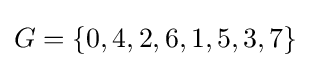
G=\left\{0,4,2,6,1,5,3,7\right\}